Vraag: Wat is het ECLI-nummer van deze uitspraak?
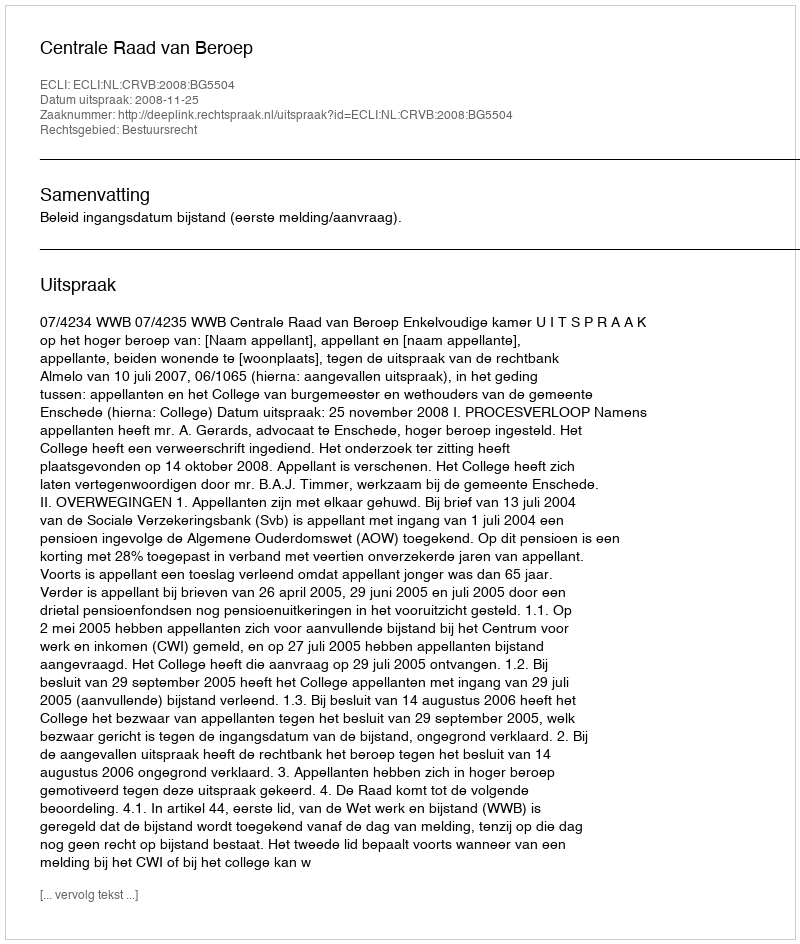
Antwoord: ECLI:NL:CRVB:2008:BG5504